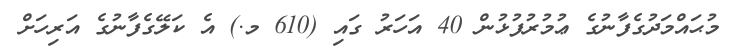
މުޙައްމަދުގެފާނުގެ ޢުމުރުފުޅުން 40 އަހަރު ގައި (610 މ.) އެ ކަލޭގެފާނުގެ އަރިހަށް